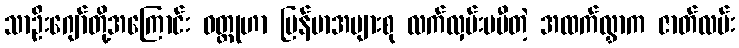
သာဦးဂျော်တို့အကြောင်း ဝတ္ထုဟာ မြန်မာအများစု လက်လှမ်းမမီတဲ့ အထက်လွှာက ဇာတ်လမ်း